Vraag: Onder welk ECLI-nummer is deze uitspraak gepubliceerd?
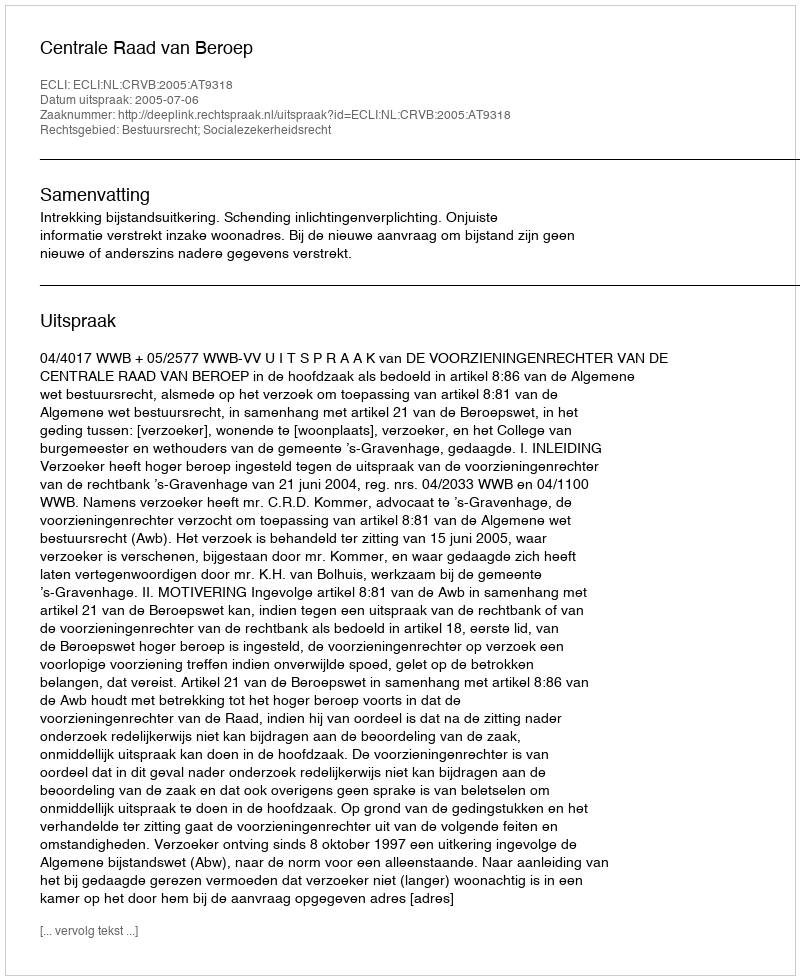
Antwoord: ECLI:NL:CRVB:2005:AT9318